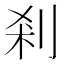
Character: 剎